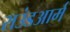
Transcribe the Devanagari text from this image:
राउंडआर्म